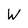
Character: W